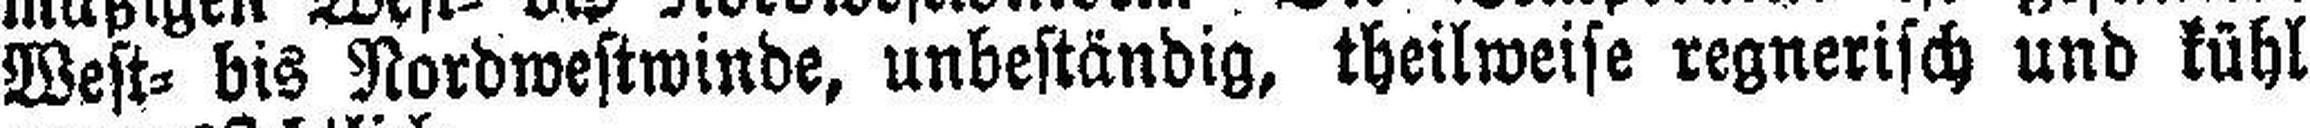
West= bis Nordwestwinde, unbeständig, theilweise regnerisch und kühl